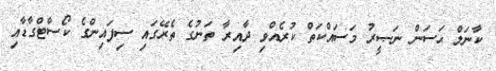
ކާނަލް ޙަސަން ނަޞީރު މަސައްކަތް ކުރެއްވި ދާއިރާ ތަނުގެ ތެރޭގައި ސިފައިންގެ ކޯސްޓްގާޑާއި